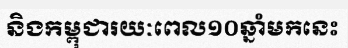
និងកម្ពុជារយៈពេល១០ឆ្នាំមកនេះ